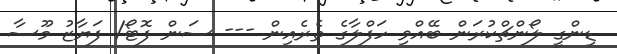
ޑިންގީ ލޯންޗްކުރަން ބޭއްވި ހަފްލާގެ ތެރެއިން --- ސަން ފޮޓޯ/ ފަޔާޒު މޫސާ